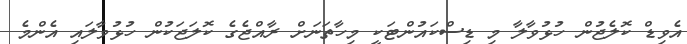
އެވިޑް ކޮލެޖުން ހުޅުވާލާ މި ޑިސްކައުންޓަކީ މިހާތަނަށް ރާއްޖެގެ ކޮލަޖަކުން ހުޅުވާލައި އެންމެ